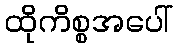
ထိုကိစ္စအပေါ်